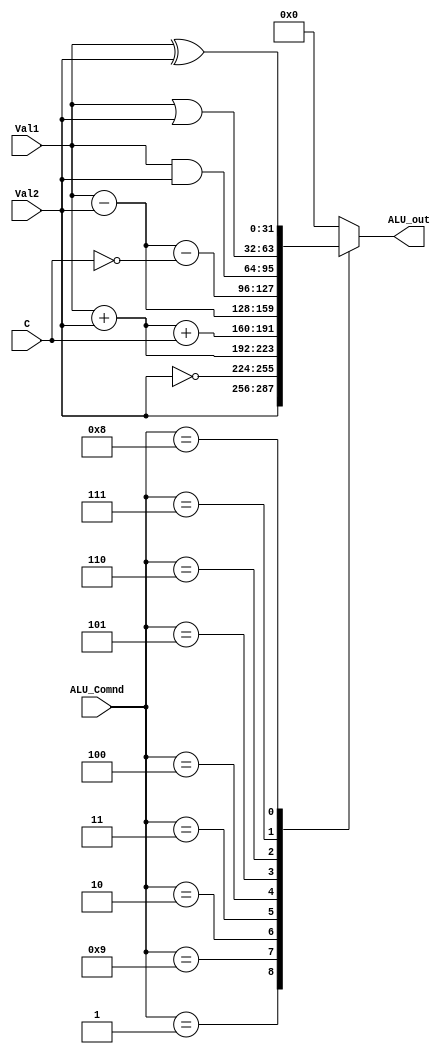
module ALU (input [3:0] ALU_Comnd,input [31:0] Val1,Val2,input C, output reg [31:0] ALU_out);

parameter [3:0] MOV=4'b0001,MVN=4'b1001,ADD=4'b0010,ADC=4'b0011,SUB=4'b0100,AND=4'b0110,SBC=4'b0101,
                ORR=4'b0111,EOR=4'b1000,CMP=4'b0100,TST=4'b0110,LDR=4'b0010,STR=4'b0010;
always @(ALU_Comnd,Val1,Val2) begin
    case (ALU_Comnd)
    MOV:  ALU_out = Val2;
    MVN:  ALU_out = ~Val2;
    ADD:  ALU_out = Val1+Val2;
    ADC:  ALU_out = Val1+Val2+C;
    SUB:  ALU_out = Val1-Val2;
    SBC:  ALU_out = Val1-Val2-~C;
    AND:  ALU_out = Val1&Val2;
    ORR:  ALU_out = Val1|Val2;
    EOR:  ALU_out = Val1^Val2;
    CMP:  ALU_out = Val1-Val2;
    TST:  ALU_out = Val1&Val2;
    LDR:  ALU_out = Val1+Val2;
    STR:  ALU_out = Val1+Val2;
        default: ALU_out=32'b0;
    endcase
    
end
endmodule